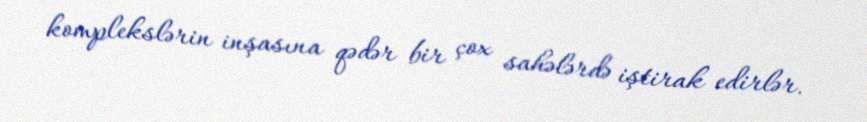
komplekslərin inşasına qədər bir çox sahələrdə iştirak edirlər.